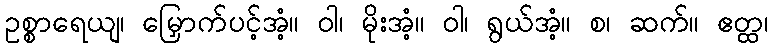
ဥစ္စာရေယျ၊ မြှောက်ပင့်အံ့။ ဝါ၊ မိုးအံ့။ ဝါ၊ ရွယ်အံ့။ စ၊ ဆက်။ ဧတ္ထ၊